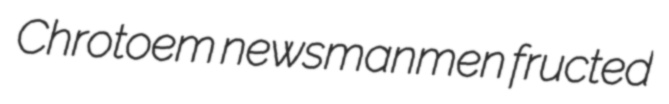
Chrotoem newsmanmen fructed